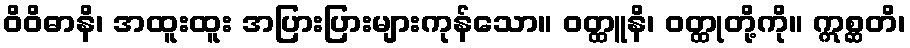
ဝိဝိဓာနိ၊ အထူးထူး အပြားပြားများကုန်သော။ ဝတ္ထူနိ၊ ဝတ္ထုတို့ကို။ ဣစ္ဆတိ၊